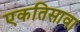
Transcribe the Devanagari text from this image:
एकतिसावा